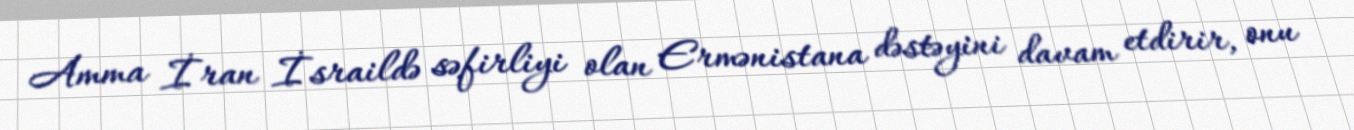
Amma İran İsraildə səfirliyi olan Ermənistana dəstəyini davam etdirir, onu